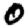
Digit: 0